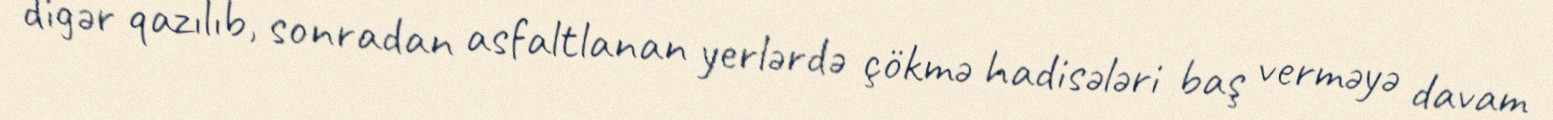
digər qazılıb, sonradan asfaltlanan yerlərdə çökmə hadisələri baş verməyə davam